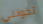
تخونني